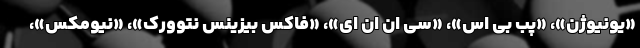
«یونیوژن»، «پب بی اس»، «سی ان ان ای»، «فاکس بیزینس نتوورک»، «نیومکس»،